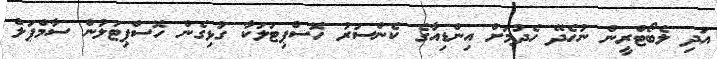
އަދި ލެބޯޓްރީން ނުހެދޭ ހެދުމަށް އިންޑިއާގެ ކެންސަރު ހޮސްޕިޓަލަކާ ގުޅިގެން ހޮސްޕިޓަލުން ސާމްޕަލް